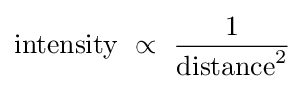
{\text{intensity}}\ \propto \ {\frac {1}{{\text{distance}}^{2}}}